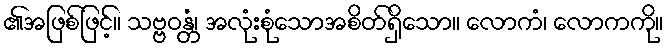
၏အဖြစ်ဖြင့်။ သဗ္ဗဝန္တံ၊ အလုံးစုံသောအစိတ်ရှိသော။ လောကံ၊ လောကကို။